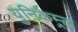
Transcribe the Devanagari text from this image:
युनिकेम्र्ल